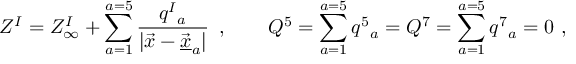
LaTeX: Z ^ { I } = Z _ { \infty } ^ { I } + \sum _ { a = 1 } ^ { a = 5 } { \frac { q ^ { I } { } _ { a } } { | \vec { x } - \vec { \underline { { { x } } } } _ { a } | } } \, \ , \qquad Q ^ { 5 } = \sum _ { a = 1 } ^ { a = 5 } q ^ { 5 } { } _ { a } = Q ^ { 7 } = \sum _ { a = 1 } ^ { a = 5 } q ^ { 7 } { } _ { a } = 0 \ ,